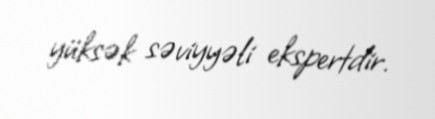
yüksək səviyyəli ekspertdir.